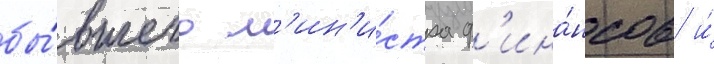
бы́вшего м'ин'и́стра ф'ина́нсов и́